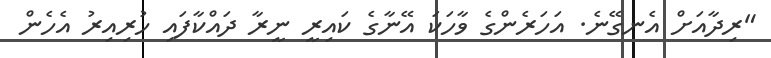
"ރިދާއަށް އެނގޭނެ. އަހަރެންގެ ވާހަކަ އޭނާގެ ކައިރީ ނީރާ ދައްކާފައި ހުރިއިރު އެހެން